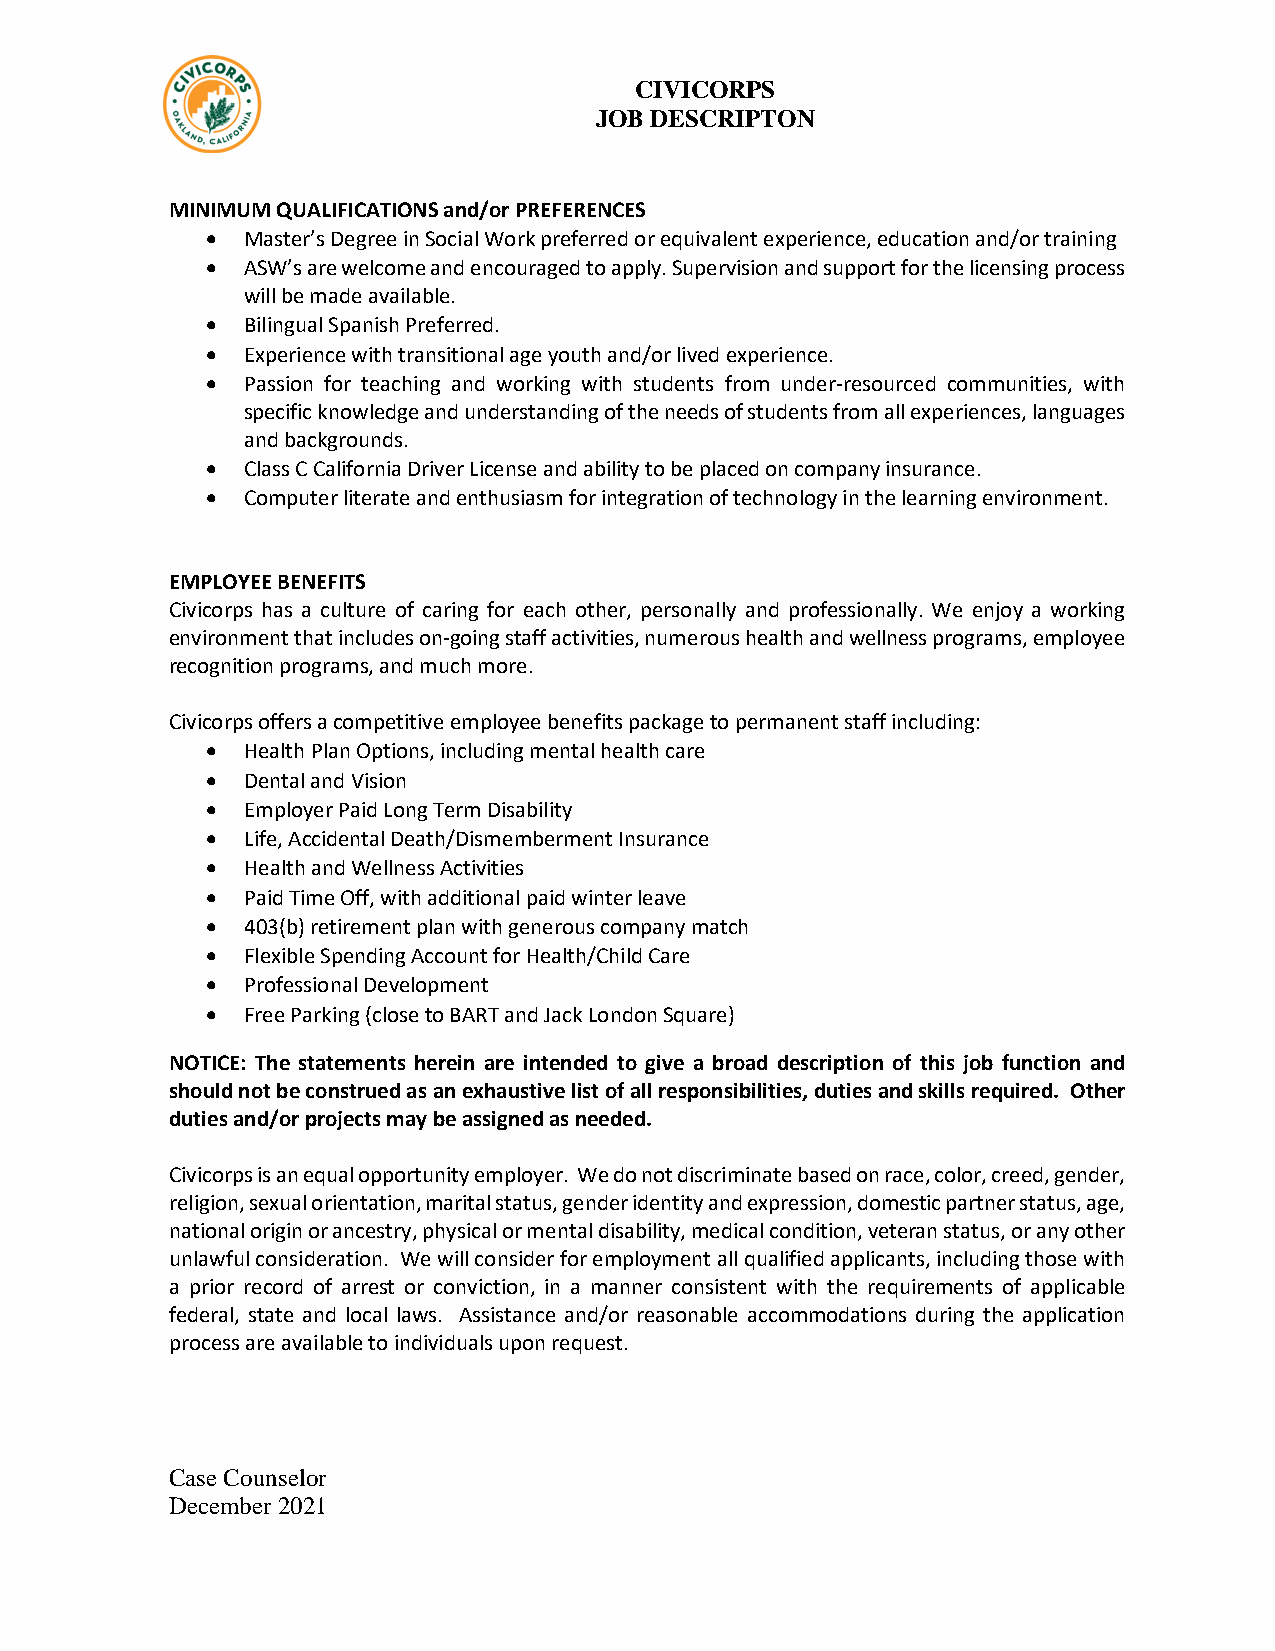
CIVICORPS
 JOB DESCRIPTON
 MINIMUM QUALIFICATIONS and/or PREFERENCES
 • Master’s Degree in Social Work preferred or equivalent experience, education and/or training
 • ASW’s are welcome and encouraged to apply. Supervision and support for the licensing process
 will be made available.
 • Bilingual Spanish Preferred.
 • Experience with transitional age youth and/or lived experience.
 • Passion for teaching and working with students from under-resourced communities, with
 specific knowledge and understanding of the needs of students from all experiences, languages
 and backgrounds.
 • Class C California Driver License and ability to be placed on company insurance.
 • Computer literate and enthusiasm for integration of technology in the learning environment.
 EMPLOYEE BENEFITS
 Civicorps has a culture of caring for each other, personally and professionally. We enjoy a working
 environment that includes on-going staff activities, numerous health and wellness programs, employee
 recognition programs, and much more.
 Civicorps offers a competitive employee benefits package to permanent staff including:
 • Health Plan Options, including mental health care
 • Dental and Vision
 • Employer Paid Long Term Disability
 • Life, Accidental Death/Dismemberment Insurance
 • Health and Wellness Activities
 • Paid Time Off, with additional paid winter leave
 • 403(b) retirement plan with generous company match
 • Flexible Spending Account for Health/Child Care
 • Professional Development
 • Free Parking (close to BART and Jack London Square)
 NOTICE: The statements herein are intended to give a broad description of this job function and
 should not be construed as an exhaustive list of all responsibilities, duties and skills required. Other
 duties and/or projects may be assigned as needed.
 Civicorps is an equal opportunity employer. We do not discriminate based on race, color, creed, gender,
 religion, sexual orientation, marital status, gender identity and expression, domestic partner status, age,
 national origin or ancestry, physical or mental disability, medical condition, veteran status, or any other
 unlawful consideration. We will consider for employment all qualified applicants, including those with
 a prior record of arrest or conviction, in a manner consistent with the requirements of applicable
 federal, state and local laws. Assistance and/or reasonable accommodations during the application
 process are available to individuals upon request.
 Case Counselor
 December 2021